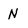
Character: N